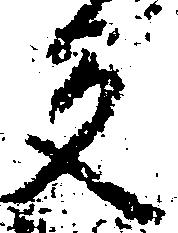
反